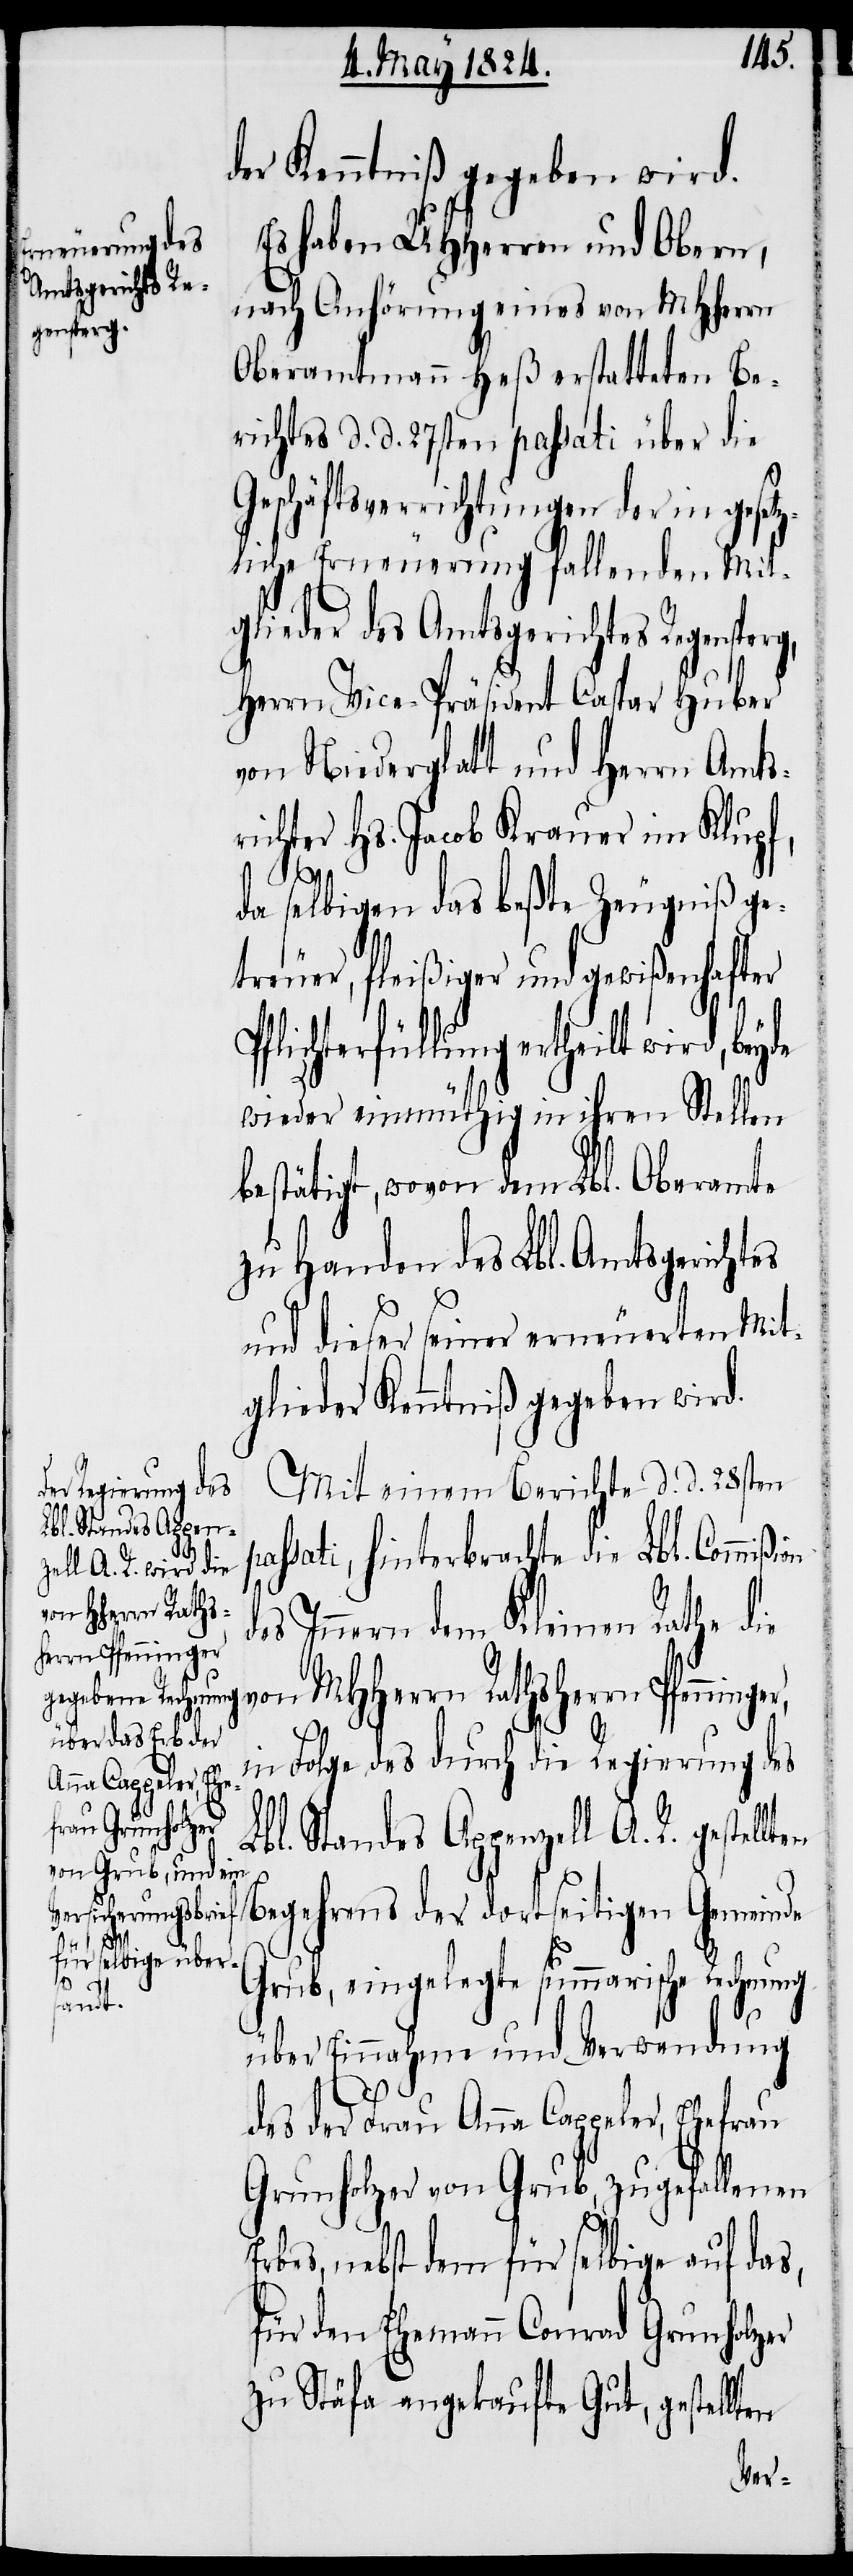
der Kenntniß gegeben wird.
Es haben UHHerren und Obern,
nach Anhörung eines von MHHerrn
Oberamtmann Heß erstatteten Be¬
richtes d. d. 27sten passati über die
Geschäftsverrichtungen der in gesetz¬
liche Erneuerung fallenden Mit¬
glieder des Amtsgerichtes Regensperg,
Herrn Vice-Präsident Caspar Huber
von Niederglatt und Herrn Amts¬
richter Hs. Jacob Krauer im Klupf,
p¬
da selbigen das beßte Zeugniß ge¬
treuer, fleißiger und gewißenhafter
Pflichterfüllung ertheilt wird, beyde
wieder einmüthig in ihren Stellen
bestätigt, wovon dem Lbl. Oberamte
zu Handen des Lbl. Amtsgerichtes
und dieser seiner erneuerten Mit¬
glieder Kenntniß gegeben wird.
Mit einem Bericht d. d. 28sten
assati, hinterbrachte die Lbl. Commi¬
von MHHerrn Raths¬
es Innern dem Kleinen Rathe die
herrn Pfenninger,
in Folge des durch die Regierung des
Lbl. Standes Appenzell A. R. gestellt¬
Begehrens der dortseitigen Gemeinde
ßion d¬
en
Grub, eingelegte summarische Rechnung
über Einnahme und Verwendung
des der Frau Anna Cappeler, Ehefrau
Grunholzer von Grub, zugefallenen
Erbes, nebst dem für selbige auf das,
für den Ehemann Conrad Grunholzer
zu Stäfa angekaufte Gut, gestellten